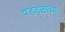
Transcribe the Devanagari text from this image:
पडवळाच्या